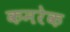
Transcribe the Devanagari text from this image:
कमरेक